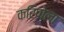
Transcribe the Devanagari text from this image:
करिपोला